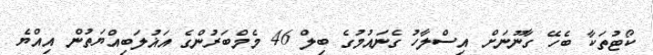
ކޯޓުތަކާ ބެހޭ ގާނޫނަށް އިސްލާހު ގެނައުމުގެ ބިލް 46 މެމްބަރުންގެ އަޣުލަބިއްޔަތުން އިއްޔެ